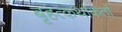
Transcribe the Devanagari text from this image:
बृहत्कथाकर्ता